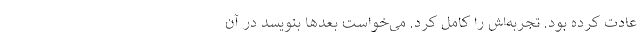
عادت کرده بود. تجربه‌اش را کامل کرد. می‌خواست بعدها بنویسد در آن